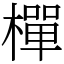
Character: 樿